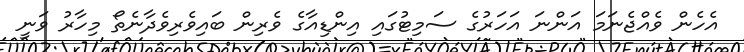
އެހެން ވެއްޖެނަމަ އަންނަ އަހަރުގެ ސަމިޓުގައި އިންޑިއާގެ ވެރިން ބައިވެރިވެދާނެތޯ މިހާރު ވަނީ